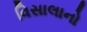
વિસાલાનો